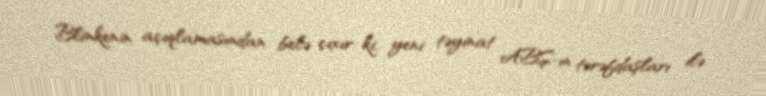
Blinkenin açıqlamasından belə çıxır ki, yeni təyinat ABŞ-ın tərəfdaşları ilə